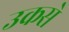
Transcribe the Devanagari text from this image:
उकसे